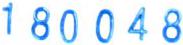
180048